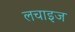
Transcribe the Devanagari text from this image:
लचाइज